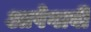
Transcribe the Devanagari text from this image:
आपेगावी